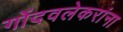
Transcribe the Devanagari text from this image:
गोंदवलेकरांना